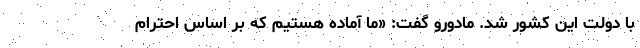
با دولت این کشور شد. مادورو گفت: «ما آماده هستیم که بر اساس احترام